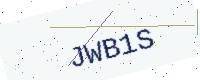
Text: JWB1S